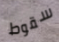
سقوط